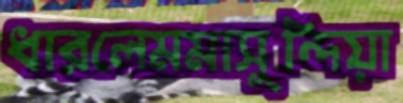
ধারলেমমাসুন্দিয়া